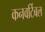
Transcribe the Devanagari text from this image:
कनवर्टिबल